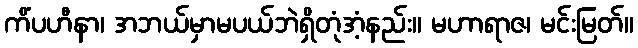
ကိံပဟီနာ၊ အဘယ်မှာမပယ်ဘဲရှိတုံအံ့နည်း။ မဟာရာဇ၊ မင်းမြတ်။